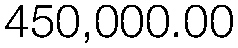
450,000.00